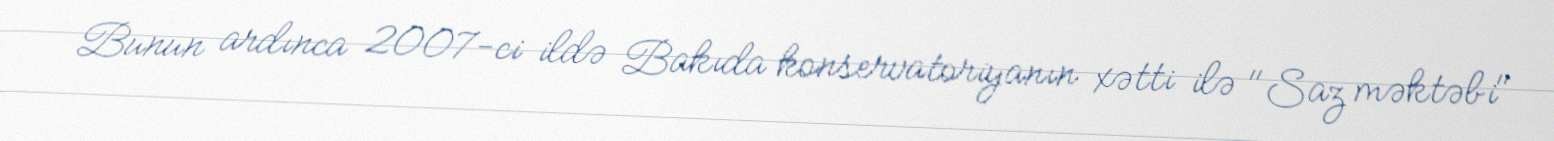
Bunun ardınca 2007-ci ildə Bakıda konservatoriyanın xətti ilə "Saz məktəbi"